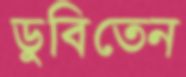
ডুবিতেন